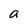
Character: a